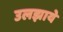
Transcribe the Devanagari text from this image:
उलझाये